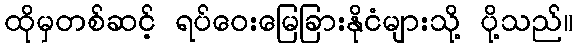
ထိုမှတစ်ဆင့် ရပ်ဝေးမြေခြားနိုငံများသို့ ပို့သည်။